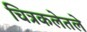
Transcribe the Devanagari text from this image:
चित्रकलेतले